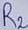
Text: R2